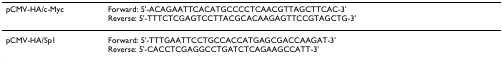
<table><thead><tr><td><b>pCMV-HA/c-Myc</b></td><td><b>Forward: 5&#x27;-ACAGAATTCACATGCCCCTCAACGTTAGCTTCAC-3&#x27;Reverse: 5&#x27;-TTTCTCGAGTCCTTACGCACAAGAGTTCCGTAGCTG-3&#x27;</b></td></tr></thead><tbody><tr><td>pCMV-HA/Sp1</td><td>Forward: 5&#x27;-TTTGAATTCCTGCCACCATGAGCGACCAAGAT-3&#x27;Reverse: 5&#x27;-CACCTCGAGGCCTGATCTCAGAAGCCATT-3&#x27;</td></tr></tbody></table>